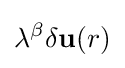
\lambda ^{\beta }\delta \mathbf {u} (r)